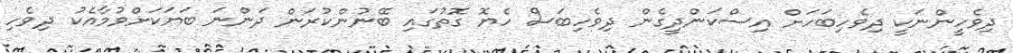
ދިވެހީންނަކީ ދިވެހިބަހަށް އިސްކަންދީގެން ދިވެހިބަސް ހެޔޮ ގޮތުގައި ބޭނުންކުރަން ދަންނަ ބަޔަކަށްވުމާއެކު ދިވެހި